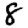
Digit: 8